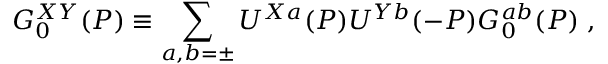
{ G } _ { 0 } ^ { X Y } ( P ) \equiv \sum _ { a , b = \pm } U ^ { X a } ( P ) U ^ { Y b } ( - P ) G _ { 0 } ^ { a b } ( P ) \; ,